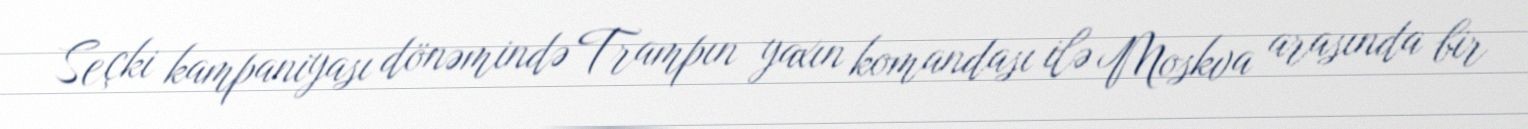
Seçki kampaniyası dönəmində Trampın yaxın komandası ilə Moskva arasında bir